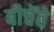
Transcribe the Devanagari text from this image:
बीचेंते